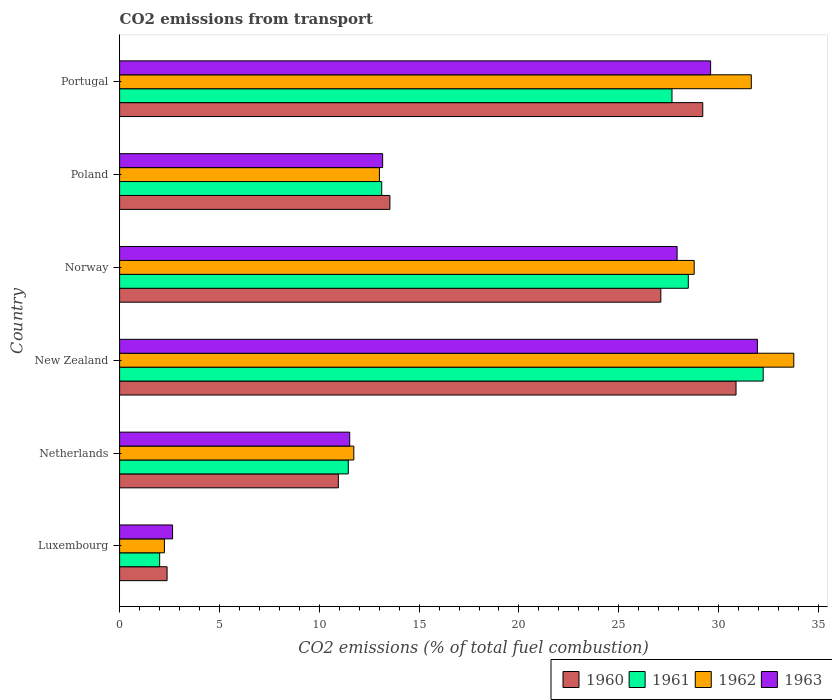
| Country | 1960 | 1961 | 1962 | 1963 |
 | --- | --- | --- | --- | --- |
 | Luxembourg | 2.38 | 2.01 | 2.24 | 2.65 |
 | Netherlands | 11 | 11.5 | 11.7 | 11.5 |
 | New Zealand | 30.9 | 32.2 | 33.8 | 31.9 |
 | Norway | 27.1 | 28.5 | 28.8 | 27.9 |
 | Poland | 13.5 | 13.1 | 13 | 13.2 |
 | Portugal | 29.2 | 27.7 | 31.6 | 29.6 |